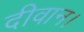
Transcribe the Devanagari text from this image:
दीवान।